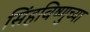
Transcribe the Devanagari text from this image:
सिंहविष्णुच्या